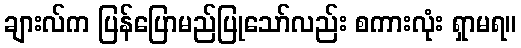
ချားလ်က ပြန်ပြောမည်ပြုသော်လည်း စကားလုံး ရှာမရ။